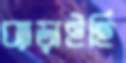
ব্যাড়াইছি